Mental hospitals Bombay report 1929-33 - 1929-1933
Year: 1929
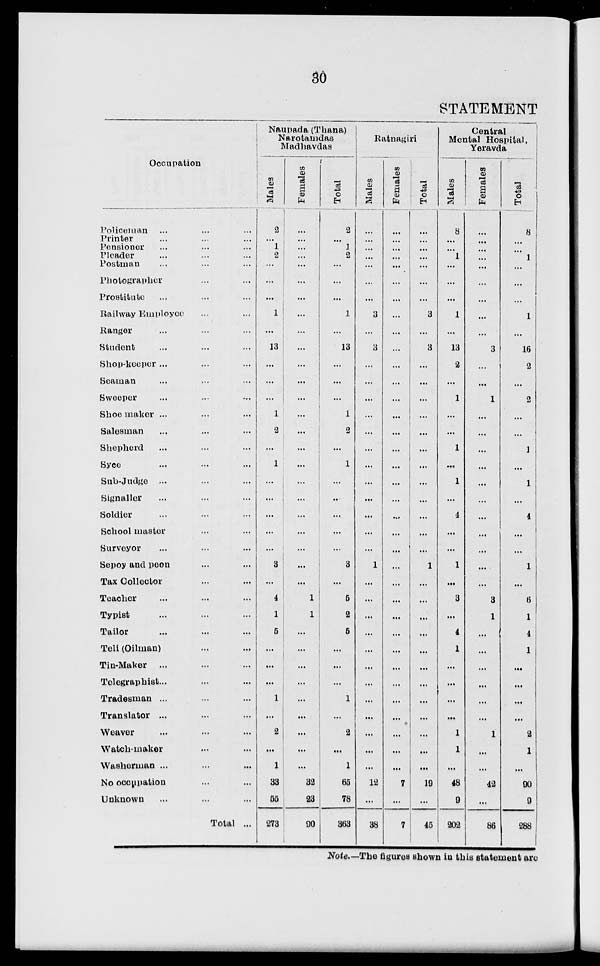
30
STATEMENT
Occupation
Policeman ... ... ...
Printer... ... ...
Pensioner ... ... ...
Pleader ... ... ...
Postman ... ... ...
Photographer ... ...
Prostitute... ... ...
Railway Employee ... ...
Ranger... ... ...
Student... ... ...
Shop-keeper ... ... ...
Seaman ... ... ...
Sweeper ... ... ...
Shoe maker ... ... ...
Salesman ... ... ...
Shepherd ... ... ...
Syce ... ... ...
Sub-Judge ... ... ...
Signaller ... ... ...
Soldier ... ... ...
School master ... ... ...
Surveyor ... ... ...
Sepoy and peon ... ... ...
Tax Collector ... ... ...
Teacher ... ... ...
Typist ... ... ...
Tailor ... ... ...
Teli (Oilman) ... ...
Tin-Maker ... ... ...
Telegraphist ... ... ...
Tradesman ... ... ...
Translator ... ... ...
Weaver ... ... ...
Watch-maker ... ... ...
Washerman ... ... ...
No occupation ... ...
Unknown ... ... ...
Total ...
Naupada (Thana)
Narotamdas
Madhavdas
Males
2
...
1
2
...
...
...
1
...
13
...
...
...
1
2
...
1
...
...
...
...
...
3
...
4
1
5
...
...
...
1
...
2
...
1
33
55
273
Females
...
...
...
...
...
...
...
...
...
...
...
...
...
...
...
...
...
...
...
...
...
...
...
...
1
1
...
...
...
...
...
...
...
...
...
32
23
90
Total
2
...
1
2
...
...
...
1
...
13
...
...
...
1
2
...
1
...
...
...
...
3
...
5
2
5
...
...
...
1
...
2
...
1
65
78
363
Ratnagiri
Males
...
...
...
...
...
...
...
3
...
3
...
...
...
...
...
...
...
...
...
...
...
...
1
...
...
...
...
...
...
...
...
...
...
...
...
12
...
38
Females
...
...
...
...
...
...
...
...
...
...
...
...
...
...
...
...
...
...
...
...
...
...
...
...
...
...
...
...
...
...
...
...
...
...
...
7
...
7
Total
...
...
...
...
...
...
...
3
...
3
...
...
...
...
...
...
...
...
...
...
...
...
1
...
...
...
...
...
...
...
...
...
...
...
...
10
...
45
Central
Mental Hospital,
Yeravda
Males
8
...
...
1
...
...
...
1
...
13
2
...
1
...
...
1
...
1
...
4
...
...
1
...
3
...
4
1
...
...
...
...
1
1
...
48
9
202
Females
...
...
...
...
...
...
...
...
...
3
...
...
1
...
...
...
...
...
...
...
...
...
...
...
3
1
...
...
...
...
...
...
1
...
...
42
...
86
Total
8
...
...
1
...
...
...
1
...
16
2
...
2
...
...
1
1
...
4
...
...
1
...
6
1
4
1
...
...
...
...
2
1
...
90
9
288
Note.—The figures shown in this statement are